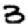
Digit: 3